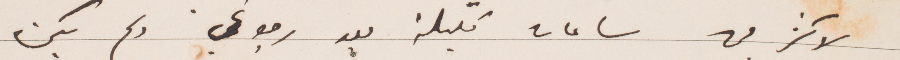
لاكثر من ساعات قليلة بعد رجوعي ولم يكن